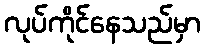
လုပ်ကိုင်နေသည်မှာ